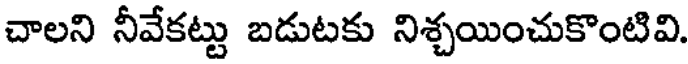
చాలని నీవేకట్టు బడుటకు నిశ్చయించుకొంటివి.